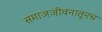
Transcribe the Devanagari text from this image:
समाजजीवनातूनच